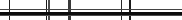
٩٣